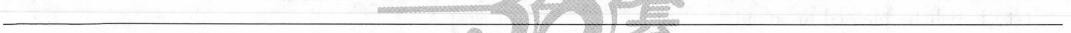
___